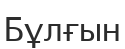
Бұлғын